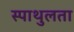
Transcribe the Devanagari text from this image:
स्पाथुलता